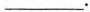
___.